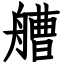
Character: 艚